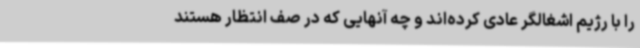
را با رژیم اشغالگر عادی کرده‌اند و چه آنهایی که در صف انتظار هستند